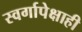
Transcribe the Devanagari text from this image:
स्वर्गापेक्षाही